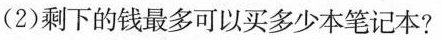
(2)剩下的钱最多可以买多少本笔记本?